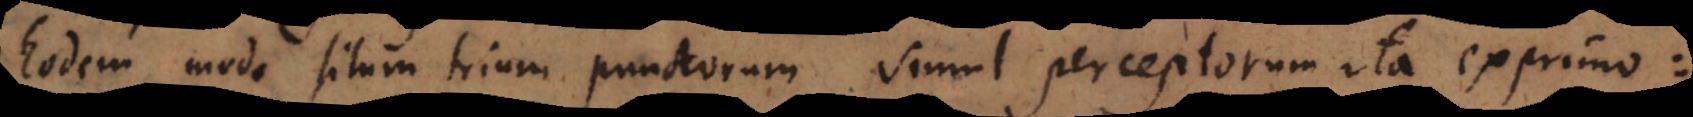
Eodem modo situm trium punctorum simul perceptorum ita exprimo: